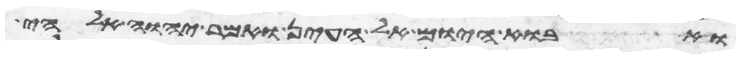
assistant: ואבוא היום אל העין ואמר יהוה אלהי